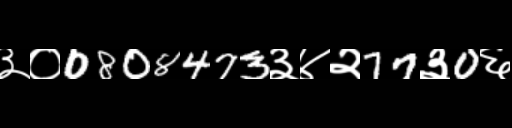
Text: ३०0808473३४२77३0६